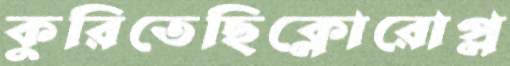
কুরিতেছিক্লোরোপ্ল